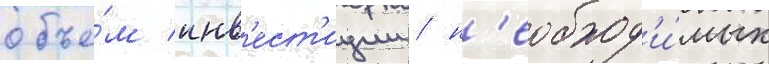
объе́м инв'ест'иции / н'еобход'и́мых